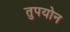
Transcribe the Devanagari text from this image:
तुपयोन